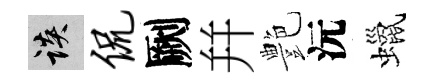
談侃劂幷艶沅蠟